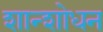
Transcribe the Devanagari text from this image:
शान्शोधन